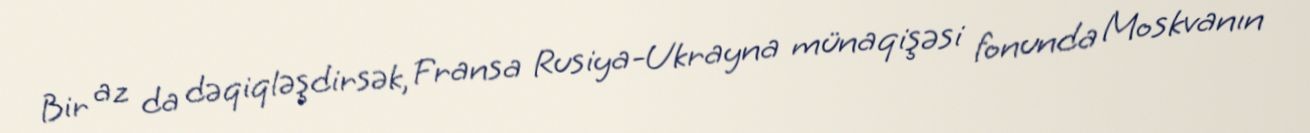
Bir az da dəqiqləşdirsək, Fransa Rusiya-Ukrayna münaqişəsi fonunda Moskvanın